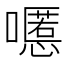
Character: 𱕔